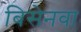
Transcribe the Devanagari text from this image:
बिसेनवा